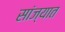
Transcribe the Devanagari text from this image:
सांज्यात